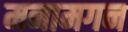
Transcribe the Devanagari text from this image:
मनामगन